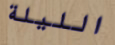
الليلة